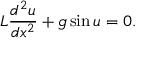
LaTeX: L { \frac { d ^ { 2 } u } { d x ^ { 2 } } } + g \sin u = 0 .